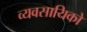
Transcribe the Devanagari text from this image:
व्यवसायिको